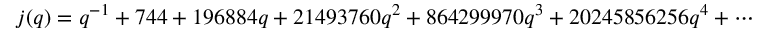
j ( q ) = q ^ { - 1 } + 7 4 4 + 1 9 6 8 8 4 q + 2 1 4 9 3 7 6 0 q ^ { 2 } + 8 6 4 2 9 9 9 7 0 q ^ { 3 } + 2 0 2 4 5 8 5 6 2 5 6 q ^ { 4 } + \cdots